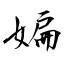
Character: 媥